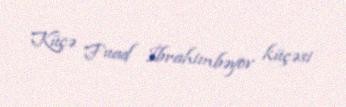
Küçə Fuad İbrahimbəyov küçəsi